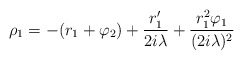
\begin{align*}\rho_1=-(r_1+\varphi_2)+\frac{r_1'}{2i\lambda}+\frac{r_1^2\varphi_1}{(2i\lambda)^2}\end{align*}